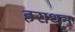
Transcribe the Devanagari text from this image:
हराधन